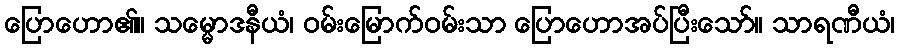
ပြောဟော၏။ သမ္မောဒနီယံ၊ ဝမ်းမြောက်ဝမ်းသာ ပြောဟောအပ်ပြီးသော်။ သာရဏီယံ၊